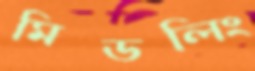
মিডলিং